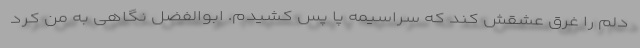
دلم را غرق عشقش کند که سراسیمه پا پس کشیدم. ابوالفضل نگاهی به من کرد